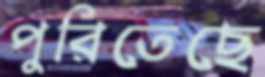
পুরিতেছে